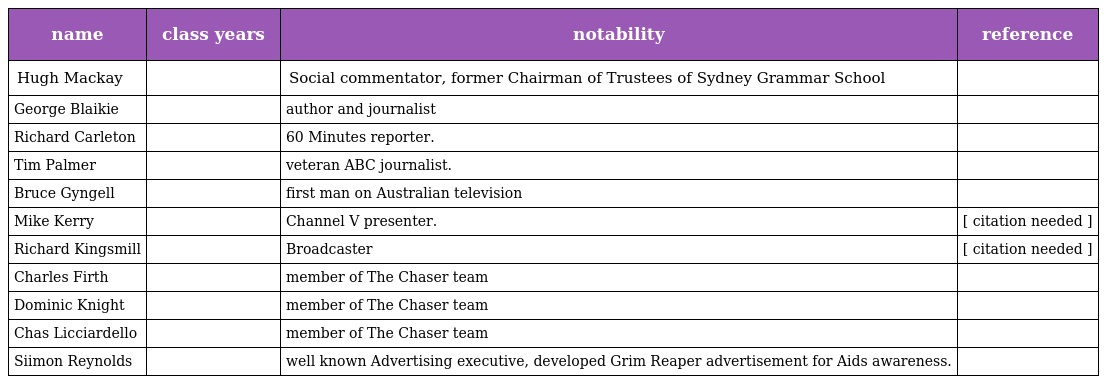
| name | class years | notability | reference |
 | --- | --- | --- | --- |
 | Hugh Mackay |  | Social commentator, former Chairman of Trustees of Sydney Grammar School |  |
 | George Blaikie |  | author and journalist |  |
 | Richard Carleton |  | 60 Minutes reporter. |  |
 | Tim Palmer |  | veteran ABC journalist. |  |
 | Bruce Gyngell |  | first man on Australian television |  |
 | Mike Kerry |  | Channel V presenter. | [ citation needed ] |
 | Richard Kingsmill |  | Broadcaster | [ citation needed ] |
 | Charles Firth |  | member of The Chaser team |  |
 | Dominic Knight |  | member of The Chaser team |  |
 | Chas Licciardello |  | member of The Chaser team |  |
 | Siimon Reynolds |  | well known Advertising executive, developed Grim Reaper advertisement for Aids awareness. |  |